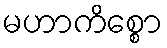
မဟာကိစ္စော